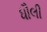
ધૌલી